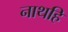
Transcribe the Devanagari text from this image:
नाथहि